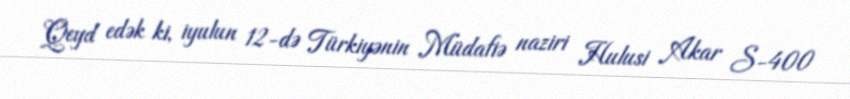
Qeyd edək ki, iyulun 12-də Türkiyənin Müdafiə naziri Hulusi Akar S-400